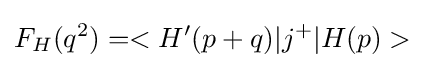
F_{H}(q^{2})=<H^{\prime }(p+q)|j^{+}|H(p)>